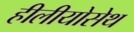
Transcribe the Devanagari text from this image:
हीलीयोसेथ